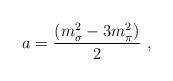
LaTeX: \begin{align*}a= \frac {(m_\sigma^2-3m_\pi^2)} {2}\,\,,\end{align*}